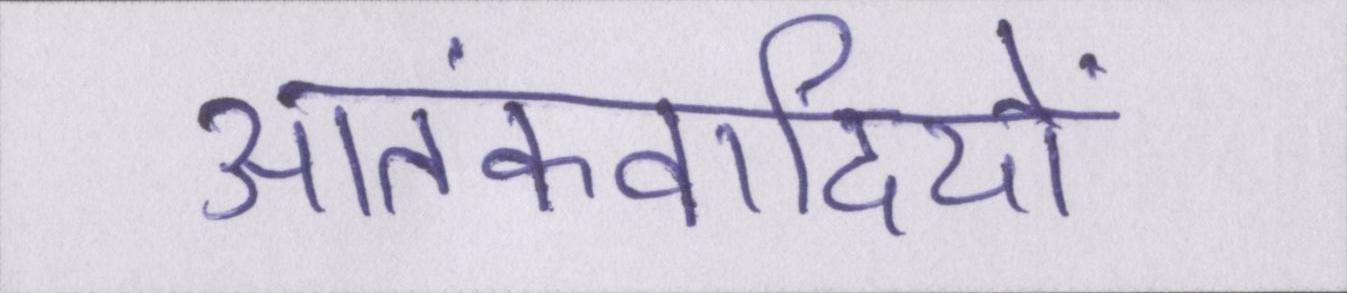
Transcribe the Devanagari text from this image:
आतंकवादियों